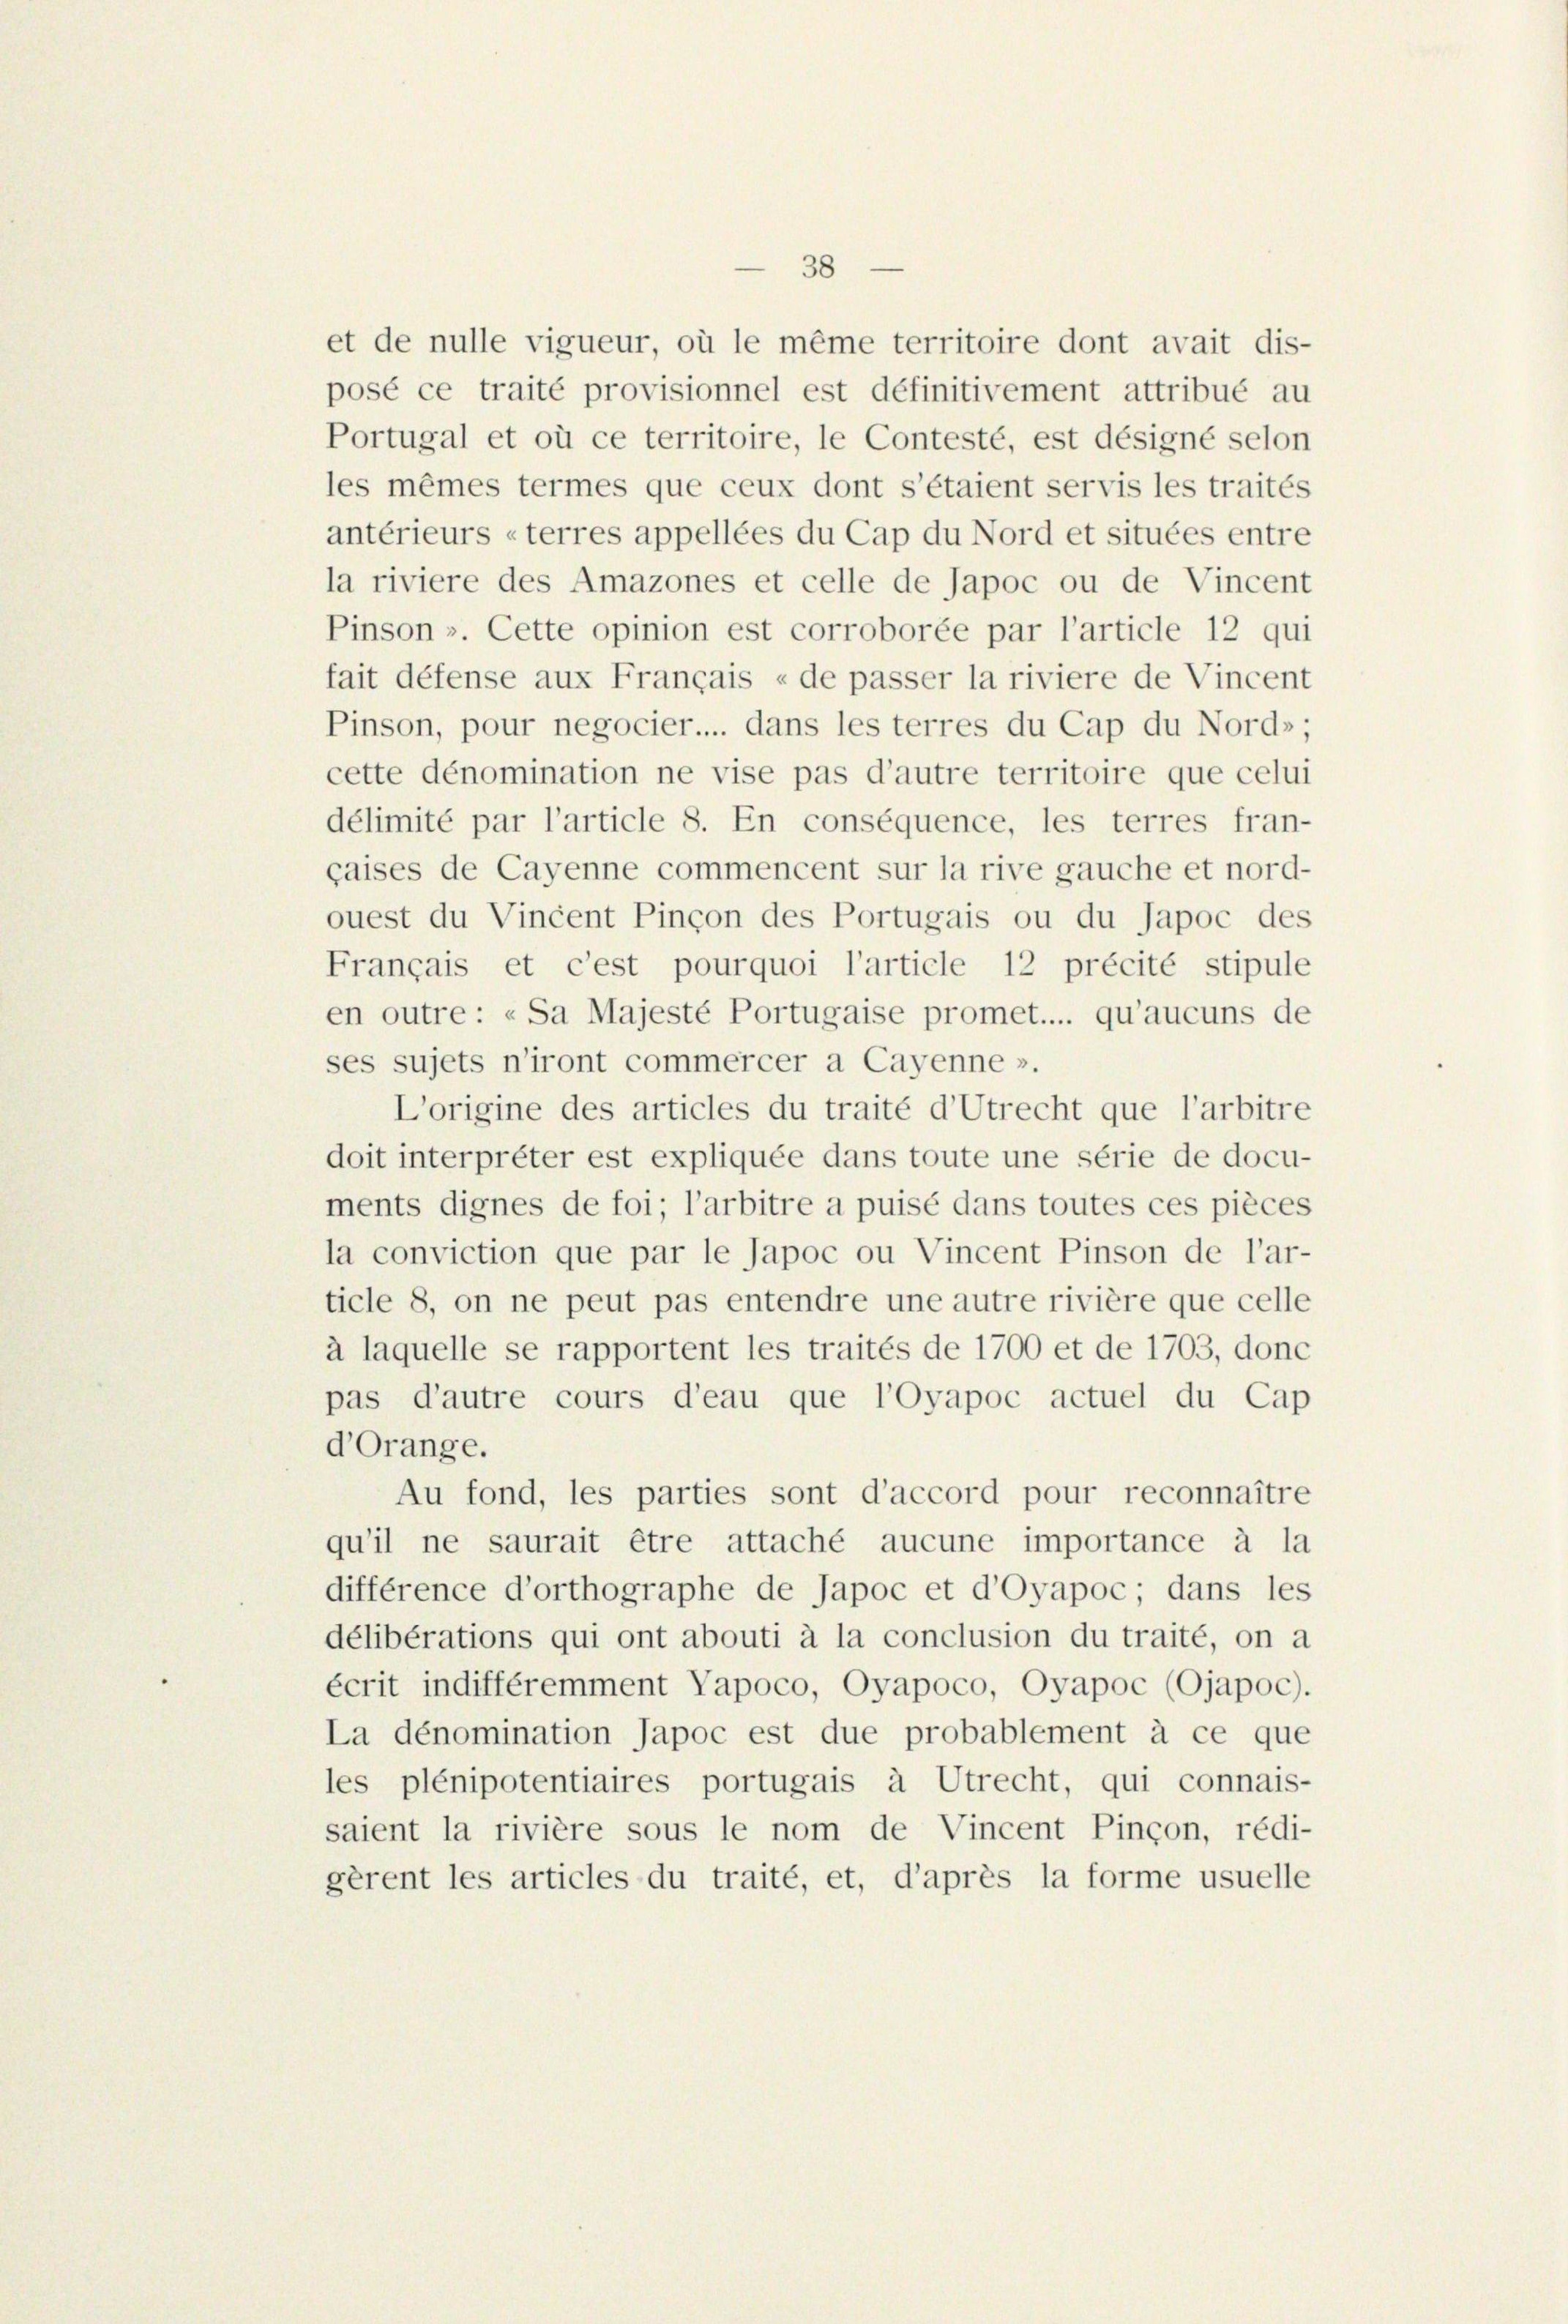
et de nulle vigueur, où le même territoire dont avait dis-
posé ce traité provisionnel est définitivement attribué au
Portugal et où ce territoire, le Contesté, est désigné selon
les mêmes termes que ceux dont s’étaient servis les traités
antérieurs «terres appellées du Cap du Nord et situées entre
la riviere des Amazones et celle de Japoc ou de Vincent
Pinson ». Cette opinion est corroborée par l’article 12 qui
fait défense aux Français « de passer la riviere de Vincent
Pinson, pour negocier.... dans les terres du Cap du Nord»;
cette dénomination ne vise pas d’autre territoire que celui
délimité par l’article 8. En conséquence, les terres fran-
gaises de Cayenne commencent sur la rive gauche et nord-
ouest du Vincent Pinçon des Portugais ou du Japoc des
Français et c’est pourquoi l’article 12 précité stipule
en outre: «Sa Majesté Portugaise promet... qu’aucuns de
ses sujets n’iront commercer a Cayenne ».
L’origine des articles du traité d’Utrecht que l’arbitre
doit interprêter est expliquée dans toute une série de docu-
ments dignes de foi; l’arbitre a puisé dans toutes ces pièces
la conviction que par le Japoc ou Vincent Pinson de l’ar-
ticle 8, on ne peut pas entendre une autre rivière que celle
à laquelle se rapportent les traités de 1700 et de 1703, donc
pas d’autre cours d’eau que l’Oyapoc actuel du Cap
d’Orange.
Au fond, les parties sont d’accord pour reconnaître
qu’il ne saurait être attaché aucune importance à la
différence d’orthographe de Japoc et d’oyapoc; dans les
délibérations qui ont abouti à la conclusion du traité, on a
écrit indifféremment Vapoco, Oyapoco, Oyapoc (Ojapoc).
La dénomination Japoc est due probablement à ce que
les plénipotentiaires portugais à Utrecht, qui connais-
saient la rivière sous le nom de Vincent Pinçon, rédi-
gèrent les articles du traité, et, d’après la forme usuelle